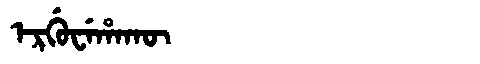
Manchu: ᡝᡵᡤᡠᠸᡝᡥᠠᡴᡡ
Romanization: ERGUWEHAKŪ